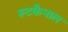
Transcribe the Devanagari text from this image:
रूटकैनाल